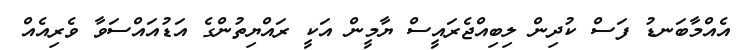
އެއްމާބަނޑު ފަސް ކުދިން ލިބިއްޖެރައީސް ޔާމީން އަކީ ރައްޔިތުންގެ އަޑުއައްސަވާ ވެރިއެއް